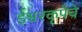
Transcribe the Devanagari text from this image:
ईश्वरकृपेचे